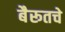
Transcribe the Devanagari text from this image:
बैरूतचे